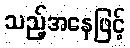
သည့်အနေဖြင့်